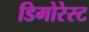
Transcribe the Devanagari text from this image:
डिमोरेस्ट